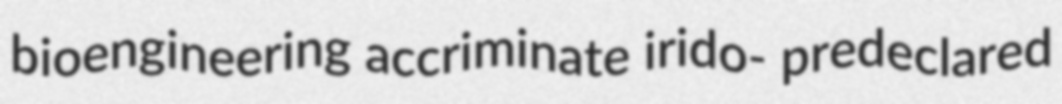
bioengineering accriminate irido- predeclared